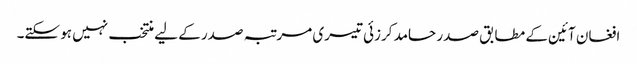
افغان آئین کے مطابق صدر حامد کرزئی تیسری مرتبہ صدر کے لیے منتخب نہیں ہو سکتے۔